Vaccination in the Punjab 1897-1904 - 1897-1904
Year: 1897
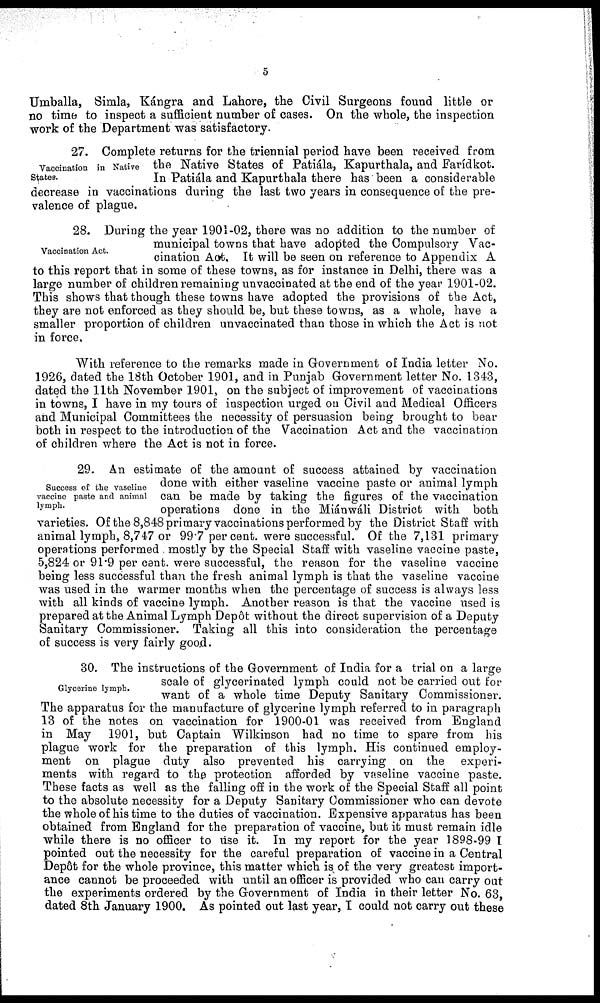
5
Umballa, Simla, Kángra and Lahore, the Civil Surgeons found little or
no time to inspect a sufficient number of cases. On the whole, the inspection
work of the Department was satisfactory.
Vaccination in Native
States.
27. Complete returns for the triennial period have been received from
the Native States of Patiála, Kapurthala, and Farídkot.
In Patiála and Kapurthala there has been a considerable
decrease in vaccinations during the last two years in consequence of the pre-
valence of plague.
Vaccination Act.
28. During the year 1901-02, there was no addition to the number of
municipal towns that have adopted the Compulsory Vac-
cination Act, It will be seen on reference to Appendix A
to this report that in some of these towns, as for instance in Delhi, there was a
large number of children remaining unvaccinated at the end of the year 1901-02.
This shows that though these towns have adopted the provisions of the Act,
they are not enforced as they should be, but these towns, as a whole, have a
smaller proportion of children unvaccinated than those in which the Act is not
in force.
With reference to the remarks made in Government of India letter No.
1926, dated the 18th October 1901, and in Punjab Government letter No. 1343,
dated the 11th November 1901, on the subject of improvement of vaccinations
in towns, I have in my tours of inspection urged on Civil and Medical Officers
and Municipal Committees the necessity of persuasion being brought to bear
both in respect to the introduction of the Vaccination Act and the vaccination
of children where the Act is not in force.
Success of the vaseline
vaccine paste and animal
lymph.
29. An estimate of the amount of success attained by vaccination
done with either vaseline vaccine paste or animal lymph
can be made by taking the figures of the vaccination
operations done in the Miánwáli District with both
varieties. Of the 8,848 primary vaccinations performed by the District Staff with
animal lymph, 8,747 or 99.7 per cent. were successful. Of the 7,131 primary
operations performed mostly by the Special Staff with vaseline vaccine paste,
5,824 or 91.9 per cent. were successful, the reason for the vaseline vaccine
being less successful than the fresh animal lymph is that the vaseline vaccine
was used in the warmer months when the percentage of success is always less
with all kinds of vaccine lymph. Another reason is that the vaccine used is
prepared at the Animal Lymph Depôt without the direct supervision of a Deputy
Sanitary Commissioner. Taking all this into consideration the percentage
of success is very fairly good.
Glycerine lymph.
30. The instructions of the Government of India for a trial on a large
scale of glycerinated lymph could not be carried out for
want of a whole time Deputy Sanitary Commissioner.
The apparatus for the manufacture of glycerine lymph referred to in paragraph
13 of the notes on vaccination for 1900-01 was received from England
in May 1901, but Captain Wilkinson had no time to spare from his
plague work for the preparation of this lymph. His continued employ-
ment on plague duty also prevented his carrying on the experi-
ments with regard to the protection afforded by vaseline vaccine paste.
These facts as well as the falling off in the work of the Special Staff all point
to the absolute necessity for a Deputy Sanitary Commissioner who can devote
the whole of his time to the duties of vaccination. Expensive apparatus has been
obtained from England for the preparation of vaccine, but it must remain idle
while there is no officer to use it. In my report for the year 1898-99 I
pointed out the necessity for the careful preparation of vaccine in a Central
Depôt for the whole province, this matter which is of the very greatest import-
ance cannot be proceeded with until an officer is provided who can carry out
the experiments ordered by the Government of India in their letter No. 63,
dated 8th January 1900. As pointed out last year, I could not carry out these